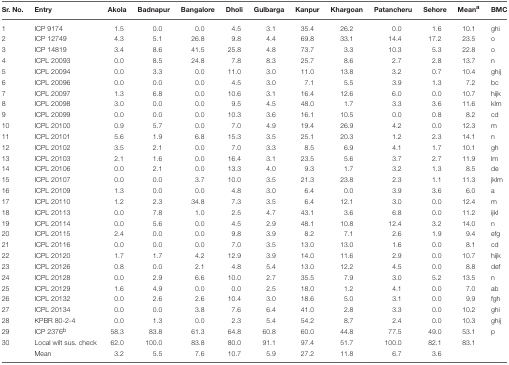
<table><thead><tr><td><b>Sr. No.</b></td><td><b>Entry</b></td><td><b>Akola</b></td><td><b>Badnapur</b></td><td><b>Bangalore</b></td><td><b>Dholi</b></td><td><b>Gulbarga</b></td><td><b>Kanpur</b></td><td><b>Khargoan</b></td><td><b>Patancheru</b></td><td><b>Sehore</b></td><td><b>Mean<sup>a</sup></b></td><td><b>BMC</b></td></tr></thead><tbody><tr><td>1</td><td>ICP 9174</td><td>1.5</td><td>0.0</td><td>0.0</td><td>4.5</td><td>3.1</td><td>35.4</td><td>26.2</td><td>0.0</td><td>1.6</td><td>10.1</td><td>ghi</td></tr><tr><td>2</td><td>ICP 12749</td><td>4.3</td><td>5.1</td><td>26.8</td><td>9.8</td><td>4.4</td><td>69.8</td><td>33.1</td><td>14.4</td><td>17.2</td><td>23.5</td><td>o</td></tr><tr><td>3</td><td>ICP 14819</td><td>3.4</td><td>8.6</td><td>41.5</td><td>25.8</td><td>4.8</td><td>73.7</td><td>3.3</td><td>10.3</td><td>5.3</td><td>22.8</td><td>o</td></tr><tr><td>4</td><td>ICPL 20093</td><td>0.0</td><td>8.5</td><td>24.8</td><td>7.8</td><td>8.3</td><td>25.7</td><td>8.6</td><td>2.7</td><td>2.8</td><td>13.7</td><td>n</td></tr><tr><td>5</td><td>ICPL 20094</td><td>0.0</td><td>3.3</td><td>0.0</td><td>11.0</td><td>3.0</td><td>11.0</td><td>13.8</td><td>3.2</td><td>0.7</td><td>10.4</td><td>ghij</td></tr><tr><td>6</td><td>ICPL 20096</td><td>0.0</td><td>0.0</td><td>0.0</td><td>4.5</td><td>3.0</td><td>7.1</td><td>5.5</td><td>3.9</td><td>1.3</td><td>7.2</td><td>bc</td></tr><tr><td>7</td><td>ICPL 20097</td><td>1.3</td><td>6.8</td><td>0.0</td><td>10.6</td><td>3.1</td><td>16.4</td><td>12.6</td><td>6.0</td><td>0.0</td><td>10.7</td><td>hijk</td></tr><tr><td>8</td><td>ICPL 20098</td><td>3.0</td><td>0.0</td><td>0.0</td><td>9.5</td><td>4.5</td><td>48.0</td><td>1.7</td><td>3.3</td><td>3.6</td><td>11.6</td><td>klm</td></tr><tr><td>9</td><td>ICPL 20099</td><td>0.0</td><td>0.0</td><td>0.0</td><td>10.3</td><td>3.6</td><td>16.1</td><td>10.5</td><td>0.0</td><td>0.8</td><td>8.2</td><td>cd</td></tr><tr><td>10</td><td>ICPL 20100</td><td>0.9</td><td>5.7</td><td>0.0</td><td>7.0</td><td>4.9</td><td>19.4</td><td>26.9</td><td>4.2</td><td>0.0</td><td>12.3</td><td>m</td></tr><tr><td>11</td><td>ICPL 20101</td><td>5.6</td><td>1.9</td><td>6.8</td><td>15.3</td><td>3.5</td><td>25.1</td><td>20.3</td><td>1.2</td><td>2.3</td><td>14.1</td><td>n</td></tr><tr><td>12</td><td>ICPL 20102</td><td>3.5</td><td>2.1</td><td>0.0</td><td>7.0</td><td>3.3</td><td>8.5</td><td>6.9</td><td>4.1</td><td>1.7</td><td>10.1</td><td>gh</td></tr><tr><td>13</td><td>ICPL 20103</td><td>2.1</td><td>1.6</td><td>0.0</td><td>16.4</td><td>3.1</td><td>23.5</td><td>5.6</td><td>3.7</td><td>2.7</td><td>11.9</td><td>lm</td></tr><tr><td>14</td><td>ICPL 20106</td><td>0.0</td><td>2.1</td><td>0.0</td><td>13.3</td><td>4.0</td><td>9.3</td><td>1.7</td><td>3.2</td><td>1.3</td><td>8.5</td><td>de</td></tr><tr><td>15</td><td>ICPL 20107</td><td>0.0</td><td>0.0</td><td>3.7</td><td>10.0</td><td>3.5</td><td>21.3</td><td>23.8</td><td>2.3</td><td>1.1</td><td>11.3</td><td>jklm</td></tr><tr><td>16</td><td>ICPL 20109</td><td>1.3</td><td>0.0</td><td>0.0</td><td>4.8</td><td>3.0</td><td>6.4</td><td>0.0</td><td>3.9</td><td>3.6</td><td>6.0</td><td>a</td></tr><tr><td>17</td><td>ICPL 20110</td><td>1.2</td><td>2.3</td><td>34.8</td><td>7.3</td><td>3.5</td><td>6.4</td><td>12.1</td><td>3.0</td><td>0.0</td><td>12.4</td><td>m</td></tr><tr><td>18</td><td>ICPL 20113</td><td>0.0</td><td>7.8</td><td>1.0</td><td>2.5</td><td>4.7</td><td>43.1</td><td>3.6</td><td>6.8</td><td>0.0</td><td>11.2</td><td>ijkl</td></tr><tr><td>19</td><td>ICPL 20114</td><td>0.0</td><td>5.6</td><td>0.0</td><td>4.5</td><td>2.9</td><td>48.1</td><td>10.8</td><td>12.4</td><td>3.2</td><td>14.0</td><td>n</td></tr><tr><td>20</td><td>ICPL 20115</td><td>2.4</td><td>0.0</td><td>0.0</td><td>9.8</td><td>3.9</td><td>8.2</td><td>7.1</td><td>2.6</td><td>1.9</td><td>9.4</td><td>efg</td></tr><tr><td>21</td><td>ICPL 20116</td><td>0.0</td><td>0.0</td><td>0.0</td><td>7.0</td><td>3.5</td><td>13.0</td><td>13.0</td><td>1.6</td><td>0.0</td><td>8.1</td><td>cd</td></tr><tr><td>22</td><td>ICPL 20120</td><td>1.7</td><td>1.7</td><td>4.2</td><td>12.9</td><td>3.9</td><td>14.0</td><td>11.6</td><td>2.9</td><td>0.0</td><td>10.7</td><td>hijk</td></tr><tr><td>23</td><td>ICPL 20126</td><td>0.8</td><td>0.0</td><td>2.1</td><td>4.8</td><td>5.4</td><td>13.0</td><td>12.2</td><td>4.5</td><td>0.0</td><td>8.8</td><td>def</td></tr><tr><td>24</td><td>ICPL 20128</td><td>0.0</td><td>2.9</td><td>6.6</td><td>10.0</td><td>2.7</td><td>35.5</td><td>7.9</td><td>3.0</td><td>5.2</td><td>13.5</td><td>n</td></tr><tr><td>25</td><td>ICPL 20129</td><td>1.6</td><td>4.9</td><td>0.0</td><td>0.0</td><td>2.5</td><td>18.0</td><td>1.2</td><td>4.1</td><td>0.0</td><td>7.0</td><td>ab</td></tr><tr><td>26</td><td>ICPL 20132</td><td>0.0</td><td>2.6</td><td>2.6</td><td>10.4</td><td>3.0</td><td>18.6</td><td>5.0</td><td>3.1</td><td>0.0</td><td>9.9</td><td>fgh</td></tr><tr><td>27</td><td>ICPL 20134</td><td>0.0</td><td>0.0</td><td>3.8</td><td>7.6</td><td>6.4</td><td>41.0</td><td>2.8</td><td>3.3</td><td>0.0</td><td>10.2</td><td>ghi</td></tr><tr><td>28</td><td>KPBR 80-2-4</td><td>0.0</td><td>1.3</td><td>0.0</td><td>2.3</td><td>5.4</td><td>54.2</td><td>8.7</td><td>2.4</td><td>0.0</td><td>10.3</td><td>ghij</td></tr><tr><td>29</td><td>ICP 2376<sup>b</sup></td><td>58.3</td><td>83.8</td><td>61.3</td><td>64.8</td><td>60.8</td><td>60.0</td><td>44.8</td><td>77.5</td><td>49.0</td><td>53.1</td><td>p</td></tr><tr><td>30</td><td>Local wilt sus. check</td><td>62.0</td><td>100.0</td><td>83.8</td><td>80.0</td><td>91.1</td><td>97.4</td><td>51.7</td><td>100.0</td><td>82.1</td><td>83.1</td><td></td></tr><tr><td></td><td>Mean</td><td>3.2</td><td>5.5</td><td>7.6</td><td>10.7</td><td>5.9</td><td>27.2</td><td>11.8</td><td>6.7</td><td>3.6</td><td></td><td></td></tr></tbody></table>